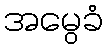
အမွေခံ